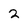
Character: 2